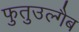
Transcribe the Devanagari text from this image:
फुतुउल्गैब